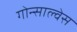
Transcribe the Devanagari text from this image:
गोन्साल्वेस